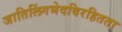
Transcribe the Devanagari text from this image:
जातिलिंगभेदविरहितता